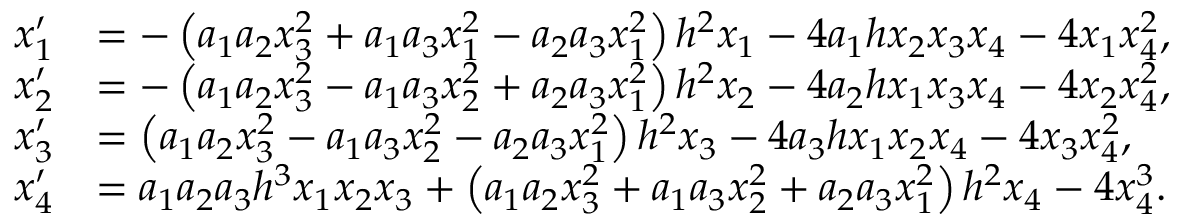
\begin{array} { r l } { x _ { 1 } ^ { \prime } } & { = - \left( { a _ { 1 } } { a _ { 2 } } x _ { 3 } ^ { 2 } + { a _ { 1 } } { a _ { 3 } } x _ { 1 } ^ { 2 } - { a _ { 2 } } { a _ { 3 } } x _ { 1 } ^ { 2 } \right) { h } ^ { 2 } x _ { 1 } - 4 { a _ { 1 } } h x _ { 2 } x _ { 3 } x _ { 4 } - 4 x _ { 1 } x _ { 4 } ^ { 2 } , } \\ { x _ { 2 } ^ { \prime } } & { = - \left( { a _ { 1 } } { a _ { 2 } } x _ { 3 } ^ { 2 } - { a _ { 1 } } { a _ { 3 } } x _ { 2 } ^ { 2 } + { a _ { 2 } } { a _ { 3 } } x _ { 1 } ^ { 2 } \right) { h } ^ { 2 } x _ { 2 } - 4 { a _ { 2 } } h x _ { 1 } x _ { 3 } x _ { 4 } - 4 x _ { 2 } x _ { 4 } ^ { 2 } , } \\ { x _ { 3 } ^ { \prime } } & { = \left( { a _ { 1 } } { a _ { 2 } } x _ { 3 } ^ { 2 } - { a _ { 1 } } { a _ { 3 } } x _ { 2 } ^ { 2 } - { a _ { 2 } } { a _ { 3 } } x _ { 1 } ^ { 2 } \right) { h } ^ { 2 } x _ { 3 } - 4 { a _ { 3 } } h x _ { 1 } x _ { 2 } x _ { 4 } - 4 x _ { 3 } x _ { 4 } ^ { 2 } , } \\ { x _ { 4 } ^ { \prime } } & { = { a _ { 1 } } { a _ { 2 } } { a _ { 3 } } { h } ^ { 3 } x _ { 1 } x _ { 2 } x _ { 3 } + \left( { a _ { 1 } } { a _ { 2 } } x _ { 3 } ^ { 2 } + { a _ { 1 } } { a _ { 3 } } x _ { 2 } ^ { 2 } + { a _ { 2 } } { a _ { 3 } } x _ { 1 } ^ { 2 } \right) { h } ^ { 2 } x _ { 4 } - 4 x _ { 4 } ^ { 3 } . } \end{array}